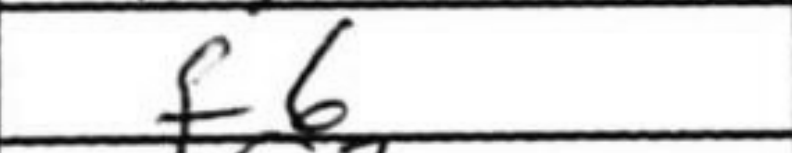
Transcription: f6